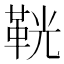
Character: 𩊠